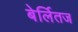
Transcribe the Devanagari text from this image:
बेर्लितज